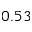
0 . 5 3